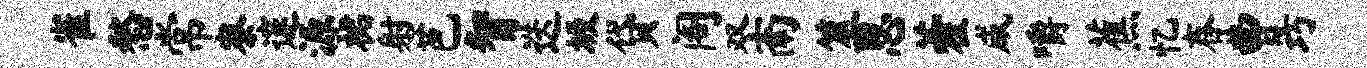
雀愁常寮邃源裙射芭智迭圾贷阁双南筮思藿咸嚼蕉忆舂曹巧